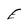
Character: E